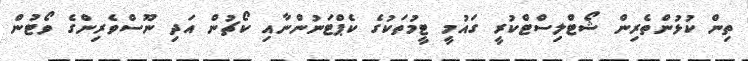
ތިން ކުޅުންތެރިން ޝޯޓްލިސްޓްކުރީ ގައުމީ ޓީމުތަކުގެ ކެޕްޓަނުންނާއި ކޯޗުން އަދި ނޫސްވެރިންގެ ވޯޓުން